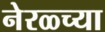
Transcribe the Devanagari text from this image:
नेरळ्च्या